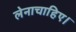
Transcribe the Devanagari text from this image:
लेनाचाहिए।